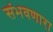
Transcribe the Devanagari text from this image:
संभवणारा